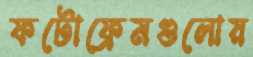
ফটোফ্রেমগুলোয়